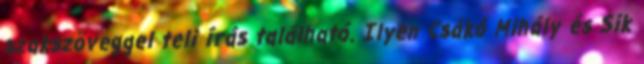
szakszöveggel teli írás található. Ilyen Csákó Mihály és Sik